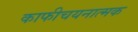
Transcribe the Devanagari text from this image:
काफीचयनात्मक